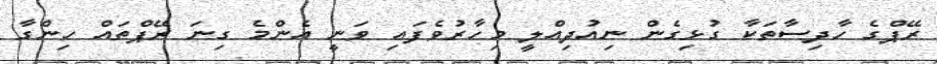
ރޭޕްގެ ހާދިސާތަކާ ގުޅިގެން ނިއުދިއްލީ މިހާރުވެފައި ވަނީ އެންމެ ގިނަ ރޭޕްތައް ހިންގާ